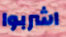
اشربوا